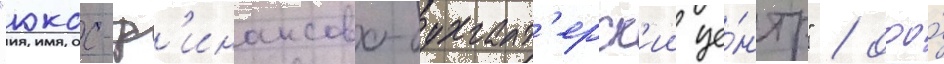
"юкос-ф'инансово-бухгалт'ерск'ии це́нтр" / ооо́